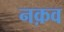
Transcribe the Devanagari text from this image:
नक़व